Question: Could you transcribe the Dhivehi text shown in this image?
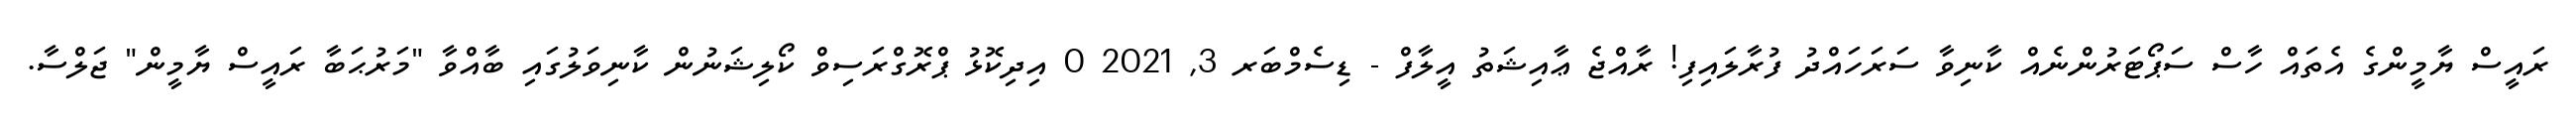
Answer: ރައީސް ޔާމީންގެ އެތައް ހާސް ސަޕޯޓަރުންނެއް ކާނިވާ ސަރަހައްދު ފުރާލައިފި! ރާއްޖެ ޢާއިޝަތު އީލާފް - ޑިސެމްބަރ 3, 2021 0 އިދިކޮޅު ޕްރޮގްރަސިވް ކޯލިޝަނުން ކާނިވަލުގައި ބާއްވާ "މަރުޙަބާ ރައީސް ޔާމީން" ޖަލްސާ.